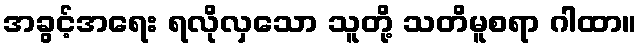
အခွင့်အရေး ရလိုလှသော သူတို့ သတိမူစရာ ဂါထာ။